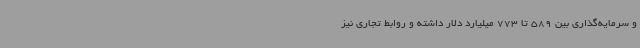
و سرمایه‌گذاری بین 589 تا 773 میلیارد دلار داشته و روابط تجاری نیز